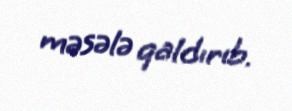
məsələ qaldırıb.